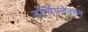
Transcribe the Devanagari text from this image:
डोर्सिफ्लेक्शन